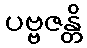
ပဗ္ဗဇန္တိ